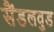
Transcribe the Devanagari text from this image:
सैंडलवुड